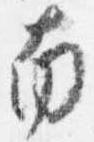
南